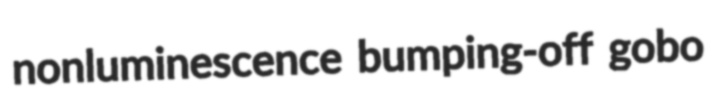
nonluminescence bumping-off gobo